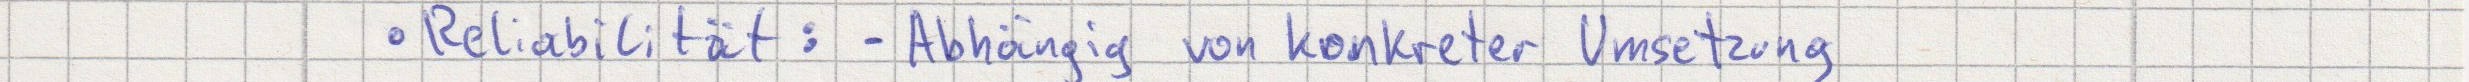
Reliabilität: - Abhängig von konkreter Umsetzung